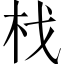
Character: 𣏾